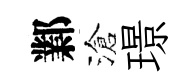
鄴滄璟